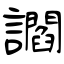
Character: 讇